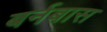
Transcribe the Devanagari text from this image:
बर्नबास